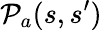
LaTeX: \mathcal{P}_{a}(s,s^{\prime})